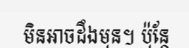
មិនអាចដឹងមុន។ ប៉ុន្តែ